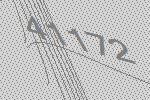
41172